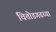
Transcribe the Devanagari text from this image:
चित्तोडगढच्या